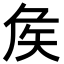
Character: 矦